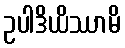
ဥပါဒိယိဿာမိ